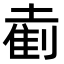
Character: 𫮘